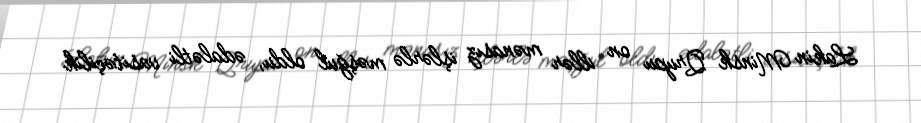
Lakin Minsk Qrupu on illər mənasız işlərlə məşğul oldu, ədalətli vasitəçilik